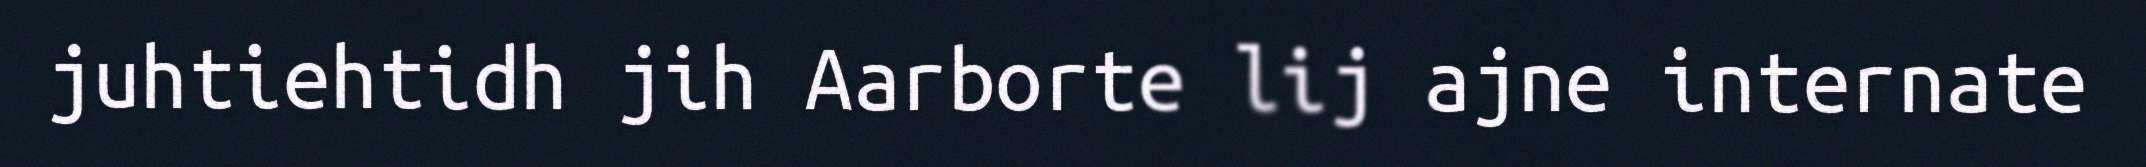
juhtiehtidh jih Aarborte lij ajne internate